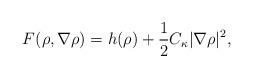
LaTeX: \begin{align*}F(\rho, \nabla\rho ) = h(\rho ) + \frac{1}{2}C_\kappa |\nabla \rho|^2,\end{align*}